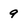
Character: 9